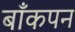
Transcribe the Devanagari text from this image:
बाँकपन